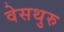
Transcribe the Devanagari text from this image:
वेसथुरु